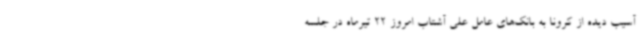
آسیب دیده از کرونا به بانک‌های عامل علی آشتاب امروز 22 تیرماه در جلسه